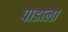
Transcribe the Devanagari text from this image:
पाडाला